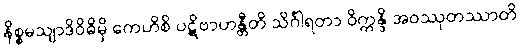
နိစ္စမသျာဒိဝိဓိမှိ ကေဟိစိ ပဋိဗာဟန္တီတိ သိင်္ဂါရတာ ဝိက္ကန္ဒိ အဝဿုတဿာတိ